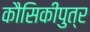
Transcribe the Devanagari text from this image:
कौसिकीपुत्र